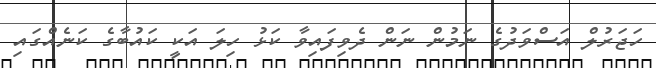
ހަޖަރުލް އަސްވަދުގެ ނަމުން ނަން ދެވިފައިވާ ކަޅު ހިލަ އަކީ ކައުބާގެ ކަނެއްގައި